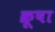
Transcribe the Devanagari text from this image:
क्रूषा